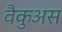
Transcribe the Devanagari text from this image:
वैकुअस